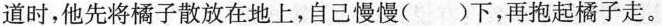
道时，他先将橘子散放在地上，自己慢慢( )下，再抱起橘子走。